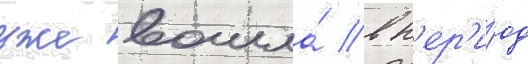
уже вошла́ в п'ер'и́од